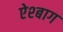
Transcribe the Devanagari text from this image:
ऐश्बाग